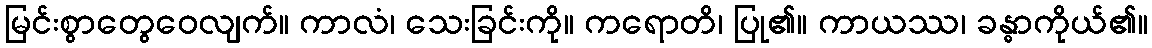
မြင်းစွာတွေဝေလျက်။ ကာလံ၊ သေးခြင်းကို။ ကရောတိ၊ ပြု၏။ ကာယဿ၊ ခန္ဓာကိုယ်၏။